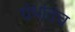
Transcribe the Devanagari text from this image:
ग्रंथातच